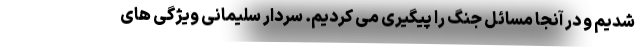
شدیم و در آنجا مسائل جنگ را پیگیری می کردیم. سردار سلیمانی ویژگی های